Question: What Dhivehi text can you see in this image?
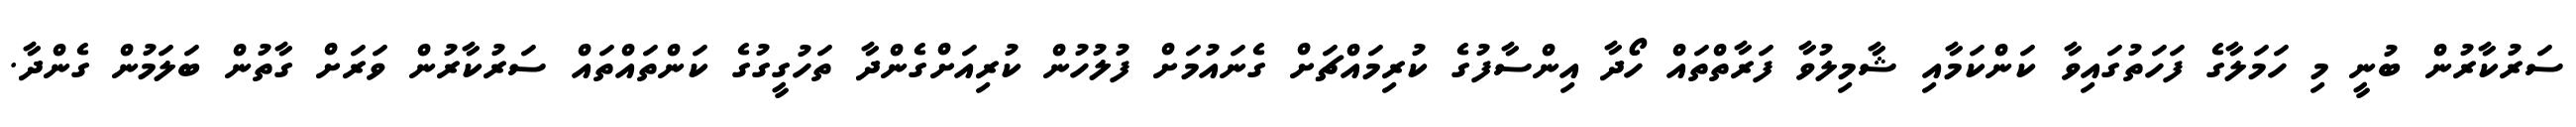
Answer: ސަރުކާރުން ބުނީ މި ހަމަލާގެ ފަހަތުގައިވާ ކަންކަމާއި ޝާމިލުވާ ފަރާތްތައް ހޯދާ އިންސާފުގެ ކުރިމައްޗަށް ގެނައުމަށް ފުލުހުން ކުރިއަށްގެންދާ ތަހުގީގުގެ ކަންތައްތައް ސަރުކާރުން ވަރަށް ގާތުން ބަލަމުން ގެންދާ.